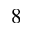
8